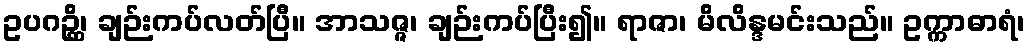
ဥပဂဉ္ဆိ၊ ချဉ်းကပ်လတ်ပြီ။ အာသဇ္ဇ၊ ချဉ်းကပ်ပြီး၍။ ရာဇာ၊ မိလိန္ဒမင်းသည်။ ဥက္ကာဓာရံ၊